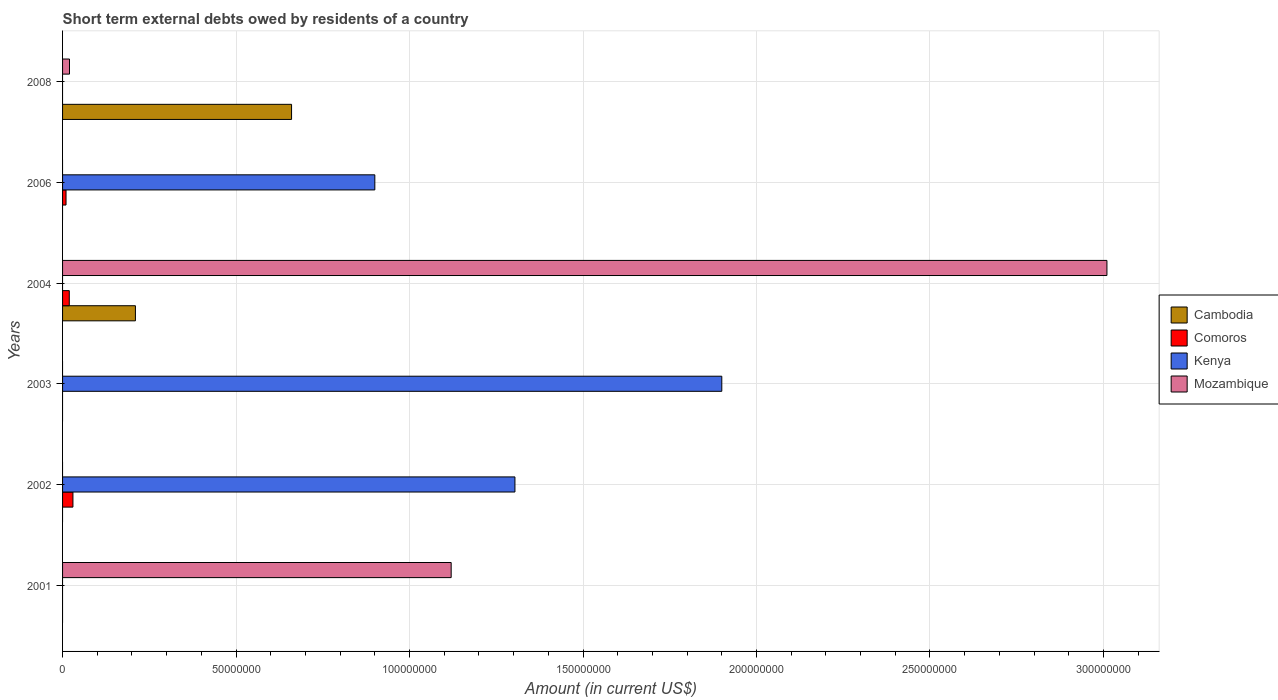
| Years | Cambodia | Comoros | Kenya | Mozambique |
 | --- | --- | --- | --- | --- |
 | 2001 | -1.58e+07 | -5.99e+06 | -1.82e+08 | 1.12e+08 |
 | 2002 | -5.45e+07 | 2.99e+06 | 1.3e+08 | -1.42e+08 |
 | 2003 | -1.19e+07 | -4.94e+06 | 1.9e+08 | -6.6e+07 |
 | 2004 | 2.1e+07 | 1.94e+06 | -1.57e+08 | 3.01e+08 |
 | 2006 | -5e+06 | 1e+06 | 9e+07 | -1.07e+08 |
 | 2008 | 6.6e+07 | -4e+06 | -6.3e+07 | 2e+06 |